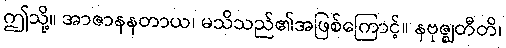
ဤသို့။ အာဇာနနတာယ၊ မသိသည်၏အဖြစ်ကြောင့်။ နဗုဇ္ဈတီတိ၊